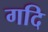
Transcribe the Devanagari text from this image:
गदि